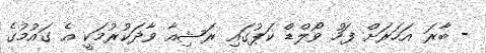
- ބާރަ އަހަރަށް ފަހު ވޯލްޑް ކަޕުގައި ރަޝިއާ ވާދަކުރުމަކީ އެ ގައުމުގެ